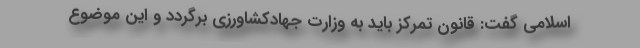
اسلامی گفت: قانون تمرکز باید به وزارت جهادکشاورزی برگردد و این موضوع